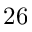
2 6